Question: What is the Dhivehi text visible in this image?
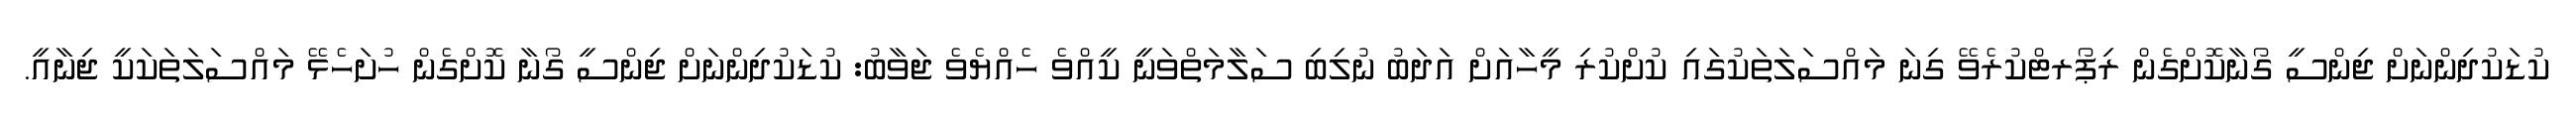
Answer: ކުޑަކުދިންނަށް ޖިންސީ ގޯނާކޮށްގެން ރިޕޯރޓްކުރެވޭ ގިނަ މައްސަލަތަކުގައި ކުށްކުރި މީހާއަށް އަދަބު ނުލިބި ސަލާމަތްވަނީ ކީއްވެ ހެއްޔެވެ ޖަވާބު: ކުޑަކުދިންނަށް ޖިންސީ ގޯނާ ކޮށްގެން ހުށަހެޅޭ މައްސަލަތަކަކީ ޖިނާއީ.